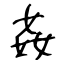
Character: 姦